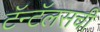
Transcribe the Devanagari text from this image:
टॅन्टॅलसची